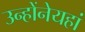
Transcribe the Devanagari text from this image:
उन्होंनेयहां